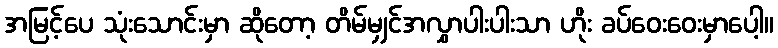
အမြင့်ပေ သုံးသောင်းမှာ ဆိုတော့ တိမ်မျှင်အလွှာပါးပါးသာ ဟိုး ခပ်ဝေးဝေးမှာပေါ့။